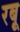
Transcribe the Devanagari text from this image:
रबू